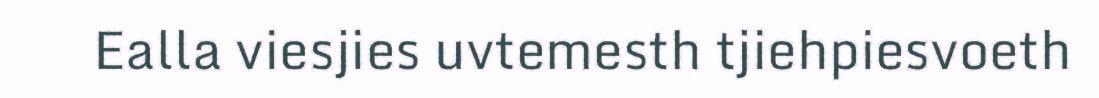
Ealla viesjies uvtemesth tjiehpiesvoeth